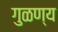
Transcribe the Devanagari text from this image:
गुळण्य